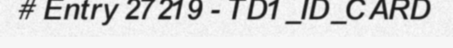
# Entry 27219 - TD1_ID_CARD